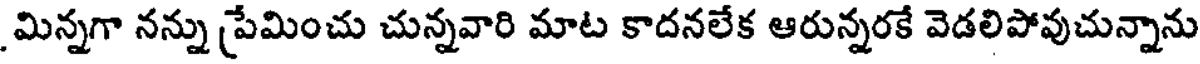
మిన్నగా నన్ను ప్రేమించు చున్నవారి మాట కాదనలేక ఆరున్నరకే వెడలిపోవుచున్నాను